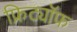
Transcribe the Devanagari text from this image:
फ्रिट्यॉफ